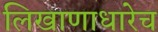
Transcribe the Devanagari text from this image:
लिखाणाधारेच